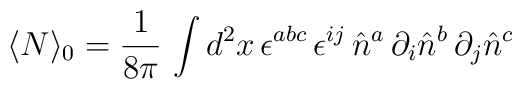
\langle N\rangle_0=\frac{1}{8\pi}\,  \int d^{2}x\,  \epsilon^{abc}\, \epsilon^{ij}\, \hat{n}^{a}\,\partial_i\hat{n}^{b}\, \partial_j\hat{n}^{c}